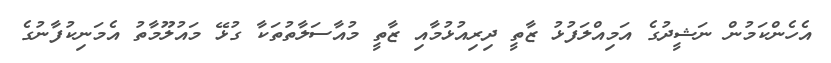
އެހެންކަމުން ނަޝީދުގެ އަމިއްލަފުޅު ޒާތީ ދިރިއުޅުމާއި ޒާތީ މުއާސަލާތުތަކާ ގުޅޭ މައުލޫމާތު އެމަނިކުފާނުގެ